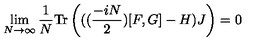
\lim _ { N \rightarrow \infty } \frac { 1 } { N } \mathrm { T r } \left( ( ( \frac { - i N } { 2 } ) [ F , G ] - H ) J \right) = 0